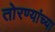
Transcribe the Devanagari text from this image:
तोरण्यांच्या